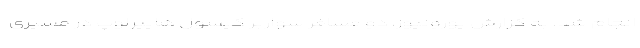
انجام شد. به گزارش یورونیوز، دو مسافر سواربر کپسول هایپرلوپ در مسیری